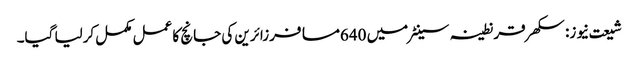
شیعت نیوز: سکھر قرنطینہ سینٹرمیں 640مسافرزائرین کی جانچ کا عمل مکمل کرلیا گیا۔